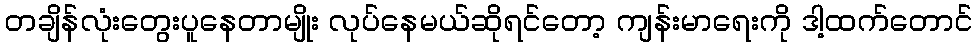
တချိန်လုံးတွေးပူနေတာမျိုး လုပ်နေမယ်ဆိုရင်တော့ ကျန်းမာရေးကို ဒါ့ထက်တောင်